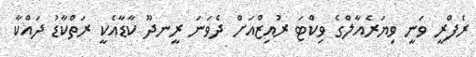
ރެފްރީ ވަނީ ވިޔަރެއާލްގެ ވިކްޓަ ރުއިޒްއަށް ދެވަނަ ރީނދޫ ކާޑާއެކީ ރަތްކާޑު ދައްކާ